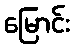
မြောင်း